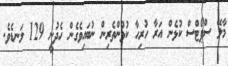
މާލޭ ސްޕޯޓްސް ކުޅެން އަރާ ހުރިހާ ކުޅުންތެރިން ނުބައިވެގެން ހެދުނީ 129 ލަނޑެވެ.